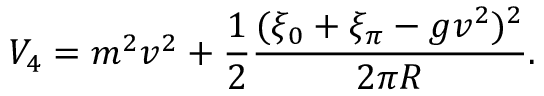
V _ { 4 } = m ^ { 2 } v ^ { 2 } + { \frac { 1 } { 2 } } { \frac { ( \xi _ { 0 } + \xi _ { \pi } - g v ^ { 2 } ) ^ { 2 } } { 2 \pi R } } .